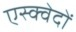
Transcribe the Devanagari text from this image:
एस्क्वेदों